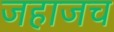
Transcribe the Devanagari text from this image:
जहाजच